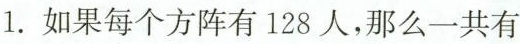
1.如果每个方阵有128人，那么一共有